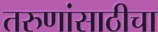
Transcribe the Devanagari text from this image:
तरुणांसाठीचा